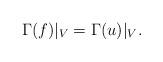
LaTeX: \begin{align*}\Gamma(f)|_V=\Gamma(u)|_V.\end{align*}